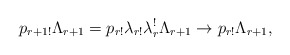
\begin{align*}p_{r+1!}\Lambda_{r+1}=p_{r!}\lambda_{r!}\lambda_r^{!}\Lambda_{r+1}\to p_{r!}\Lambda_{r+1},\end{align*}